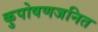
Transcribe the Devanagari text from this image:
कुपोषणजनित